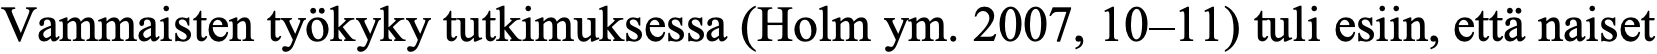
Vammaisten työkyky tutkimuksessa (Holm ym. 2007, 10–11) tuli esiin, että naiset